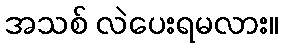
အသစ် လဲပေးရမလား။